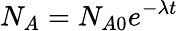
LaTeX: N_{A}=N_{A0}e^{-{\lambda}t}